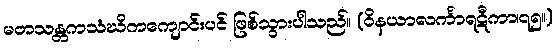
မတသန္တကသံဃိကကျောင်းပင် ဖြစ်သွားပါသည်။ (ဝိနယာလင်္ကာရဋီကာ၊၇၅။)